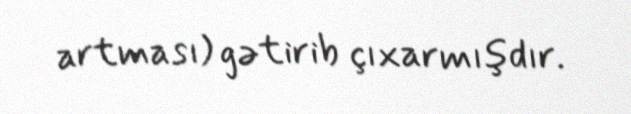
artması) gətirib çıxarmışdır.